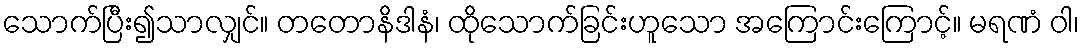
သောက်ပြီး၍သာလျှင်။ တတောနိဒါနံ၊ ထိုသောက်ခြင်းဟူသော အကြောင်းကြောင့်။ မရဏံ ဝါ၊